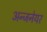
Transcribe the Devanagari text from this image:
अन्जनेयर